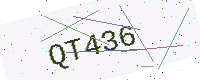
Text: QT436